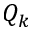
Q _ { k }